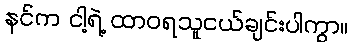
နင်က ငါ့ရဲ့ ထာဝရသူငယ်ချင်းပါကွာ။